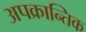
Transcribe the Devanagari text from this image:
अपक्रान्तिक